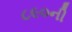
૮૯૦ની